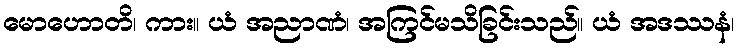
မောဟောတိ၊ ကား။ ယံ အညာဏံ၊ အကြင်မသိခြင်းသည်။ ယံ အဒဿနံ၊